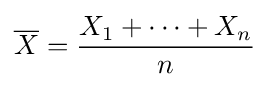
{\overline {X}}={X_{1}+\cdots +X_{n} \over n}